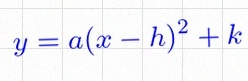
y=a(x-h)^2+k